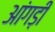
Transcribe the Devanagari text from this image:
आंगड़ी